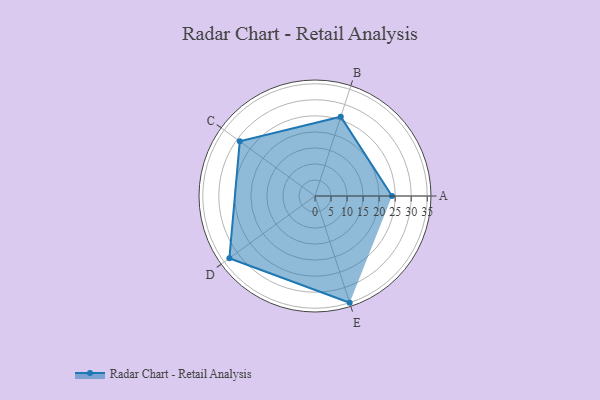
{"axis": {"x": "Skill", "y": "Score"}, "legend": ["Profile"], "data": [{"x": "A", "y": 24.0, "type": "Profile"}, {"x": "B", "y": 26.0, "type": "Profile"}, {"x": "C", "y": 29.0, "type": "Profile"}, {"x": "D", "y": 33.0, "type": "Profile"}, {"x": "E", "y": 35.0, "type": "Profile"}]}